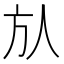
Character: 㫃